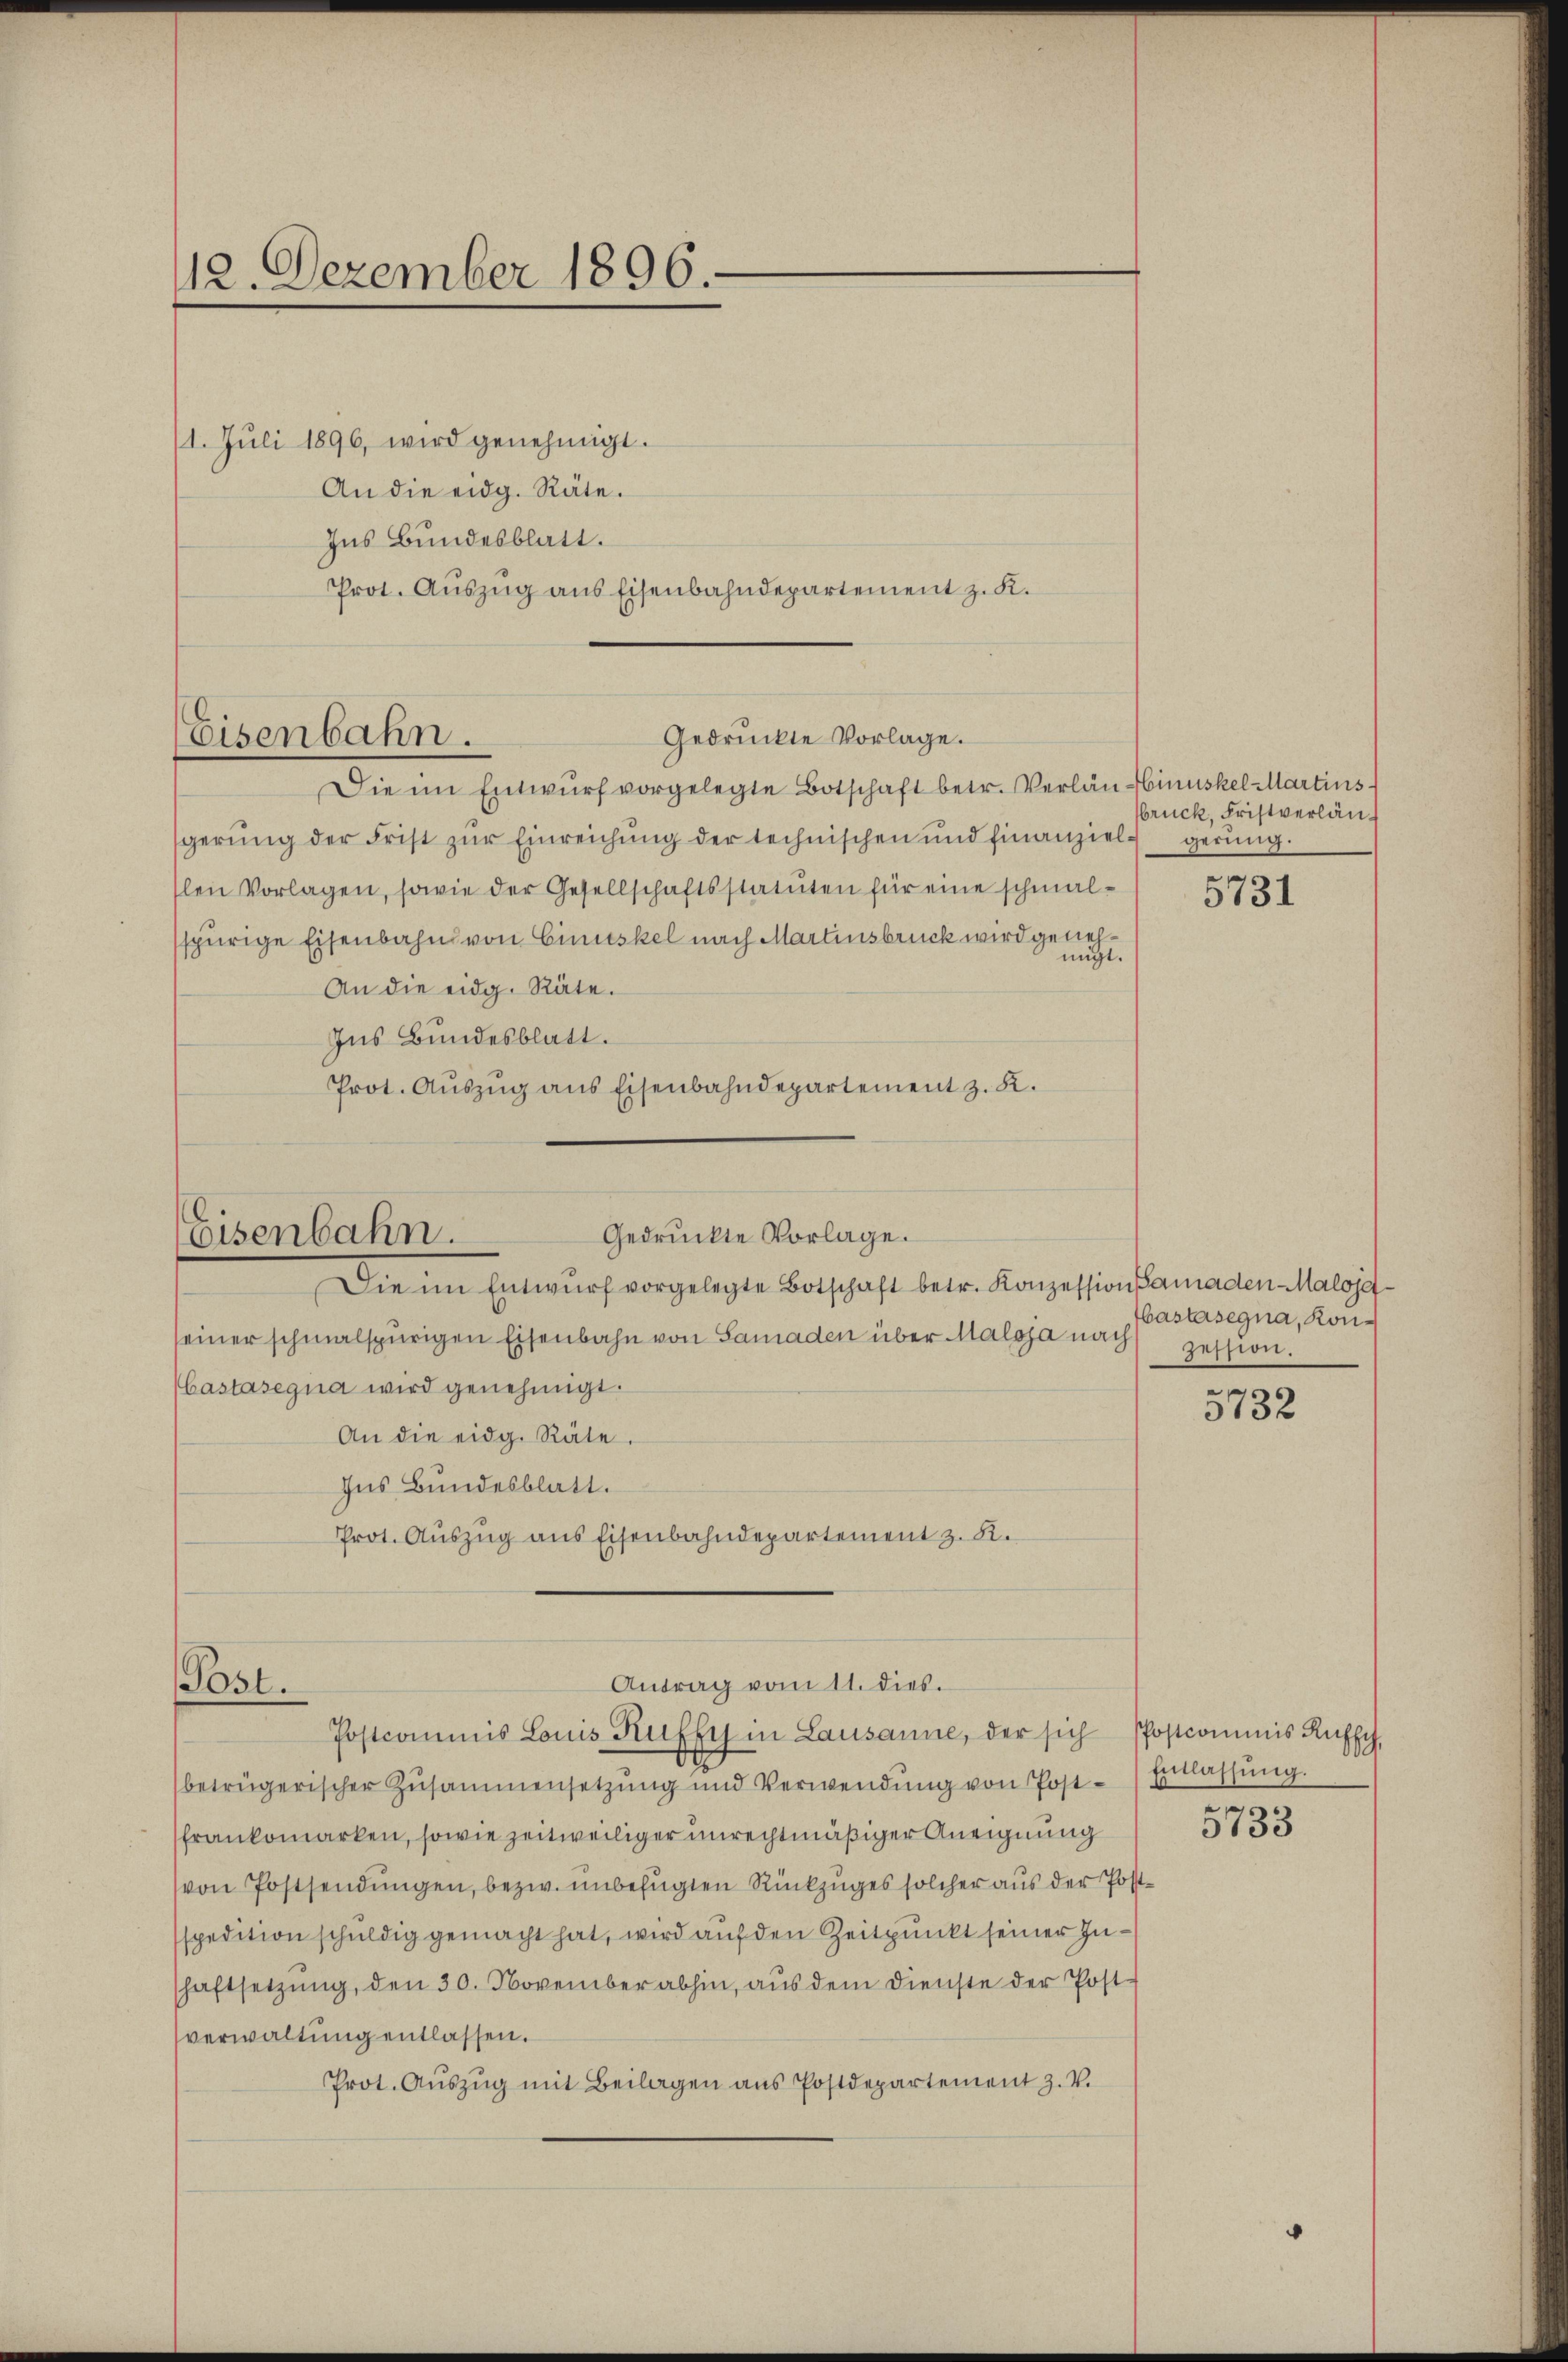
12. Dezember 1896.

11. Juli 1896, wird genehmigt.
An die eidg. Räte.
Ins Bundesblatt.
Prot. Auszug aus Eisenbahndepartement z. K.

Eisenbahn.

Die im Entwŭrf vorgelegte Botschaft betr. Verlan-Einuskel Martins
gerŭng der Frist zŭr Einreichŭng der technischen und finanziel gerung.
slen Vorlagen, sowie der Gesellschaftsstatuten für eine schmalspürige Eisenbahn von Cinuskel nach Martinsbruck wird genehmigt.
An die eidg. Räte.
Ins Bundesblatt.
Prot. Aŭszŭg ans Eisenbahndepartement z. K.

Gedruckte Vorlage.

Gedruckte Vorlage.
Eisenbahn.

Die im Entwŭrf vorgelegte Botschaft betr. Konzession amaden Malojeseiner schmalspurigen Eisenbahn von Samaden über Maloja nach
Castasegna wird genehmigt.
An die eidg. Räte.
Ins Bundesblatt.
Prot. Auszug aus Eisenbahndepartement z. B.

Antrag vom 11. dies.
Post.

Postcommis Louis Ruffy in Lausanne, der sich Postcommis Ruffch,
betrügerischer Zŭsammensetzŭng und Verwendŭng von Post-) Erlassŭng.
Frankomarken, sowie zeitweiliger unrechtmäßiger Aneignung
(von Postsendungen, bezw. unbefugten Rückzuges solcher aus der Postspedition schuldig gemacht hat, wird auf den Zeitpunkt seiner Inshaftsetzŭng, den 30. November abhin, aŭs dem Dienste der Post-
verwaltung entlassen.
Prot. Aŭszŭg mit Beilagen ans Postdepartement Z. V.

bruck, Fristverläne

5131

bastasegna, Konzession.

5732

5733